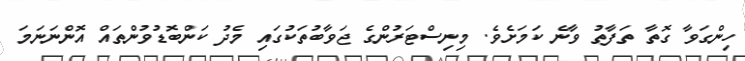
ހިންގަވާ ގޮތާ ތަފާތު ވާނެ ކަމަށެވެ. މިނިސްޓަރުންގެ ޖަވާބުތަކުގައި މެދު ކަންބޮޑުވުންތައް އޮންނަނަމަ